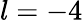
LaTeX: l=-4